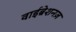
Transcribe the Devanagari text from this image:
वाईब्रेशनज़